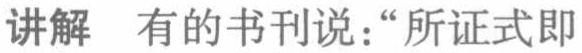
讲解 有的书刊说：“所证式即